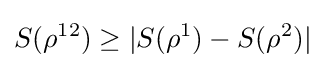
S(\rho ^{12})\geq |S(\rho ^{1})-S(\rho ^{2})|